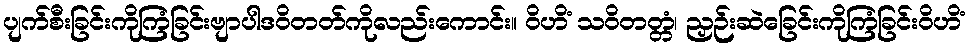
ပျက်စီးခြင်းကိုကြံခြင်းဗျာပါဒဝိတတ်ကိုလည်းကောင်း။ ဝိဟိံ သဝိတတ္တံ၊ ညှဉ်းဆဲခြေင်းကိုကြံခြင်းဝိဟိံ